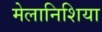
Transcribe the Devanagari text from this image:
मेलानिशिया